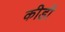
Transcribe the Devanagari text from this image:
कीडी